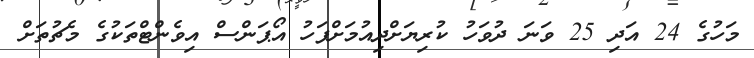
މަހުގެ 24 އަދި 25 ވަނަ ދުވަހު ކުރިޔަށްދިއުމަށްފަހު އޯޕަންސް އިވެންޓްތަކުގެ މެޗުތަށް